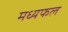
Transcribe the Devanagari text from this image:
मध्यफल